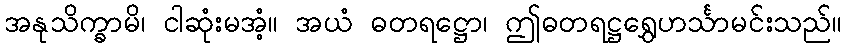
အနုသိက္ခာမိ၊ ငါဆုံးမအံ့။ အယံ ဓတရဋ္ဌော၊ ဤဓတရဋ္ဌရွှေဟင်္သာမင်းသည်။